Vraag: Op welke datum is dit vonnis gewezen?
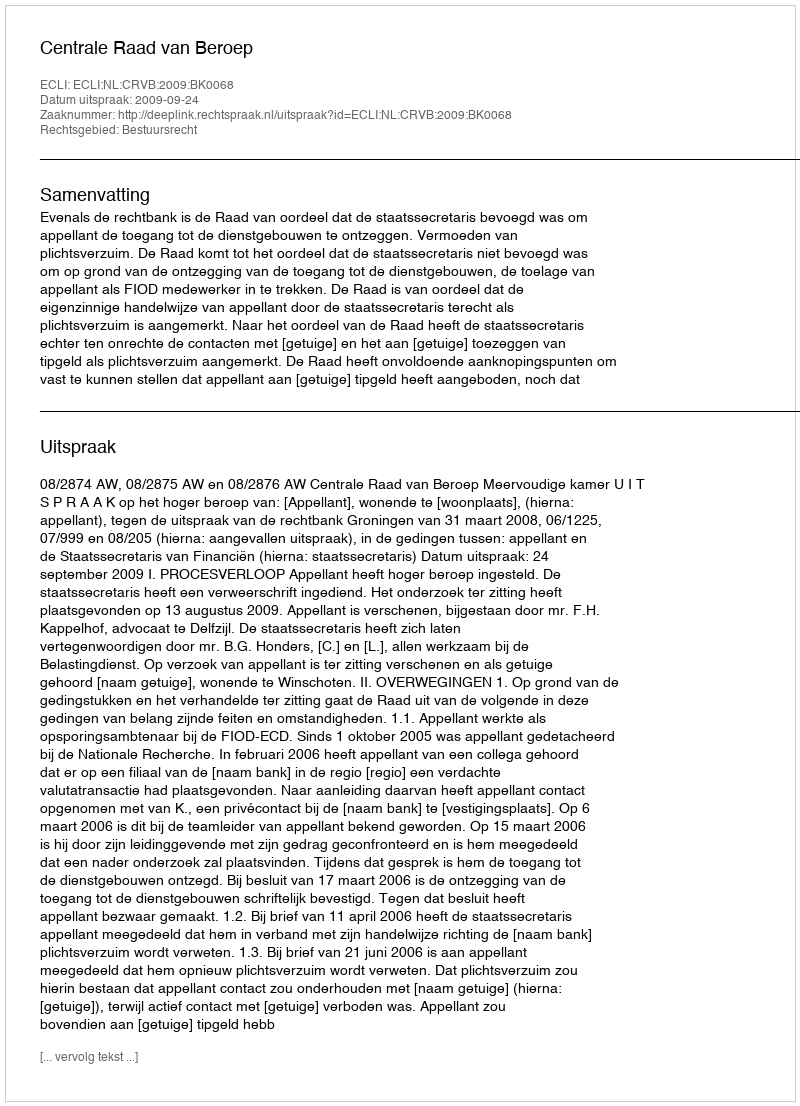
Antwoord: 2009-09-24